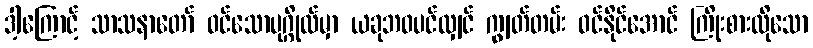
ဒါ့ကြောင့် သာသနာတော် ဝင်သောပုဂ္ဂိုလ်မှာ ယခုဘဝပင်လျှင် ကျွတ်တမ်း ဝင်နိုင်အောင် ကြိုးစားလိုသော